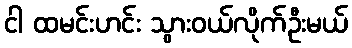
ငါ ထမင်းဟင်း သွားဝယ်လိုက်ဦးမယ်